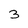
Character: 3